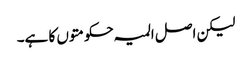
لیکن اصل المیہ حکومتوں کا ہے۔